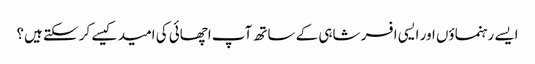
ایسے رہنماؤں اور ایسی افسر شاہی کے ساتھ آپ اچھائی کی امید کیسے کر سکتے ہیں؟